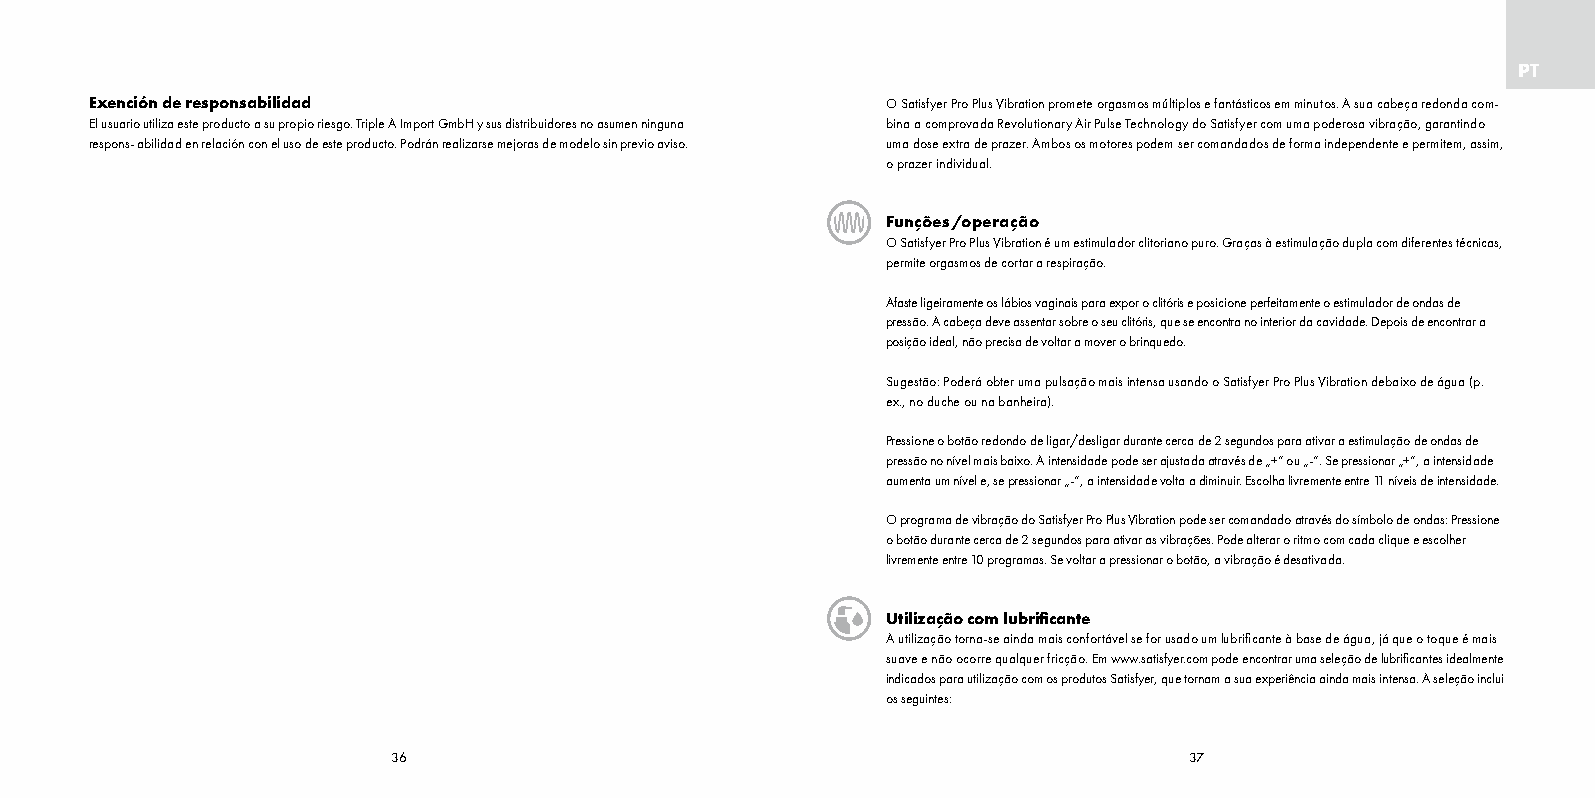
PT
 Exención de responsabilidad                          O Satisfyer Pro Plus Vibration promete orgasmos múltiplos e fantásticos em minutos. A sua cabeça redonda com-
 El usuario utiliza este producto a su propio riesgo. Triple A Import GmbH y sus distribuidores no asumen ninguna bina a comprovada Revolutionary Air Pulse Technology do Satisfyer com uma poderosa vibração, garantindo
 respons- abilidad en relación con el uso de este producto. Podrán realizarse mejoras de modelo sin previo aviso. uma dose extra de prazer. Ambos os motores podem ser comandados de forma independente e permitem, assim,
 o prazer individual.
 Funções /operação
 O Satisfyer Pro Plus Vibration é um estimulador clitoriano puro. Graças à estimulação dupla com diferentes técnicas,
 permite orgasmos de cortar a respiração.
 Afaste ligeiramente os lábios vaginais para expor o clitóris e posicione perfeitamente o estimulador de ondas de
 pressão. A cabeça deve assentar sobre o seu clitóris, que se encontra no interior da cavidade. Depois de encontrar a
 posição ideal, não precisa de voltar a mover o brinquedo.
 Sugestão: Poderá obter uma pulsação mais intensa usando o Satisfyer Pro Plus Vibration debaixo de água (p.
 ex., no duche ou na banheira).
 Pressione o botão redondo de ligar/desligar durante cerca de 2 segundos para ativar a estimulação de ondas de
 pressão no nível mais baixo. A intensidade pode ser ajustada através de „+“ ou „-“. Se pressionar „+“, a intensidade
 aumenta um nível e, se pressionar „-“, a intensidade volta a diminuir. Escolha livremente entre 11 níveis de intensidade.
 O programa de vibração do Satisfyer Pro Plus Vibration pode ser comandado através do símbolo de ondas: Pressione
 o botão durante cerca de 2 segundos para ativar as vibrações. Pode alterar o ritmo com cada clique e escolher
 livremente entre 10 programas. Se voltar a pressionar o botão, a vibração é desativada.
 Utilização com lubrificante
 A utilização torna-se ainda mais confortável se for usado um lubrificante à base de água, já que o toque é mais
 suave e não ocorre qualquer fricção. Em www.satisfyer.com pode encontrar uma seleção de lubrificantes idealmente
 indicados para utilização com os produtos Satisfyer, que tornam a sua experiência ainda mais intensa. A seleção inclui
 os seguintes:
 36                                                   37